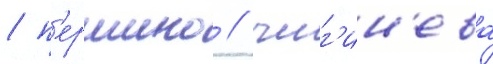
/ п'ершино / чиг'ин'ева